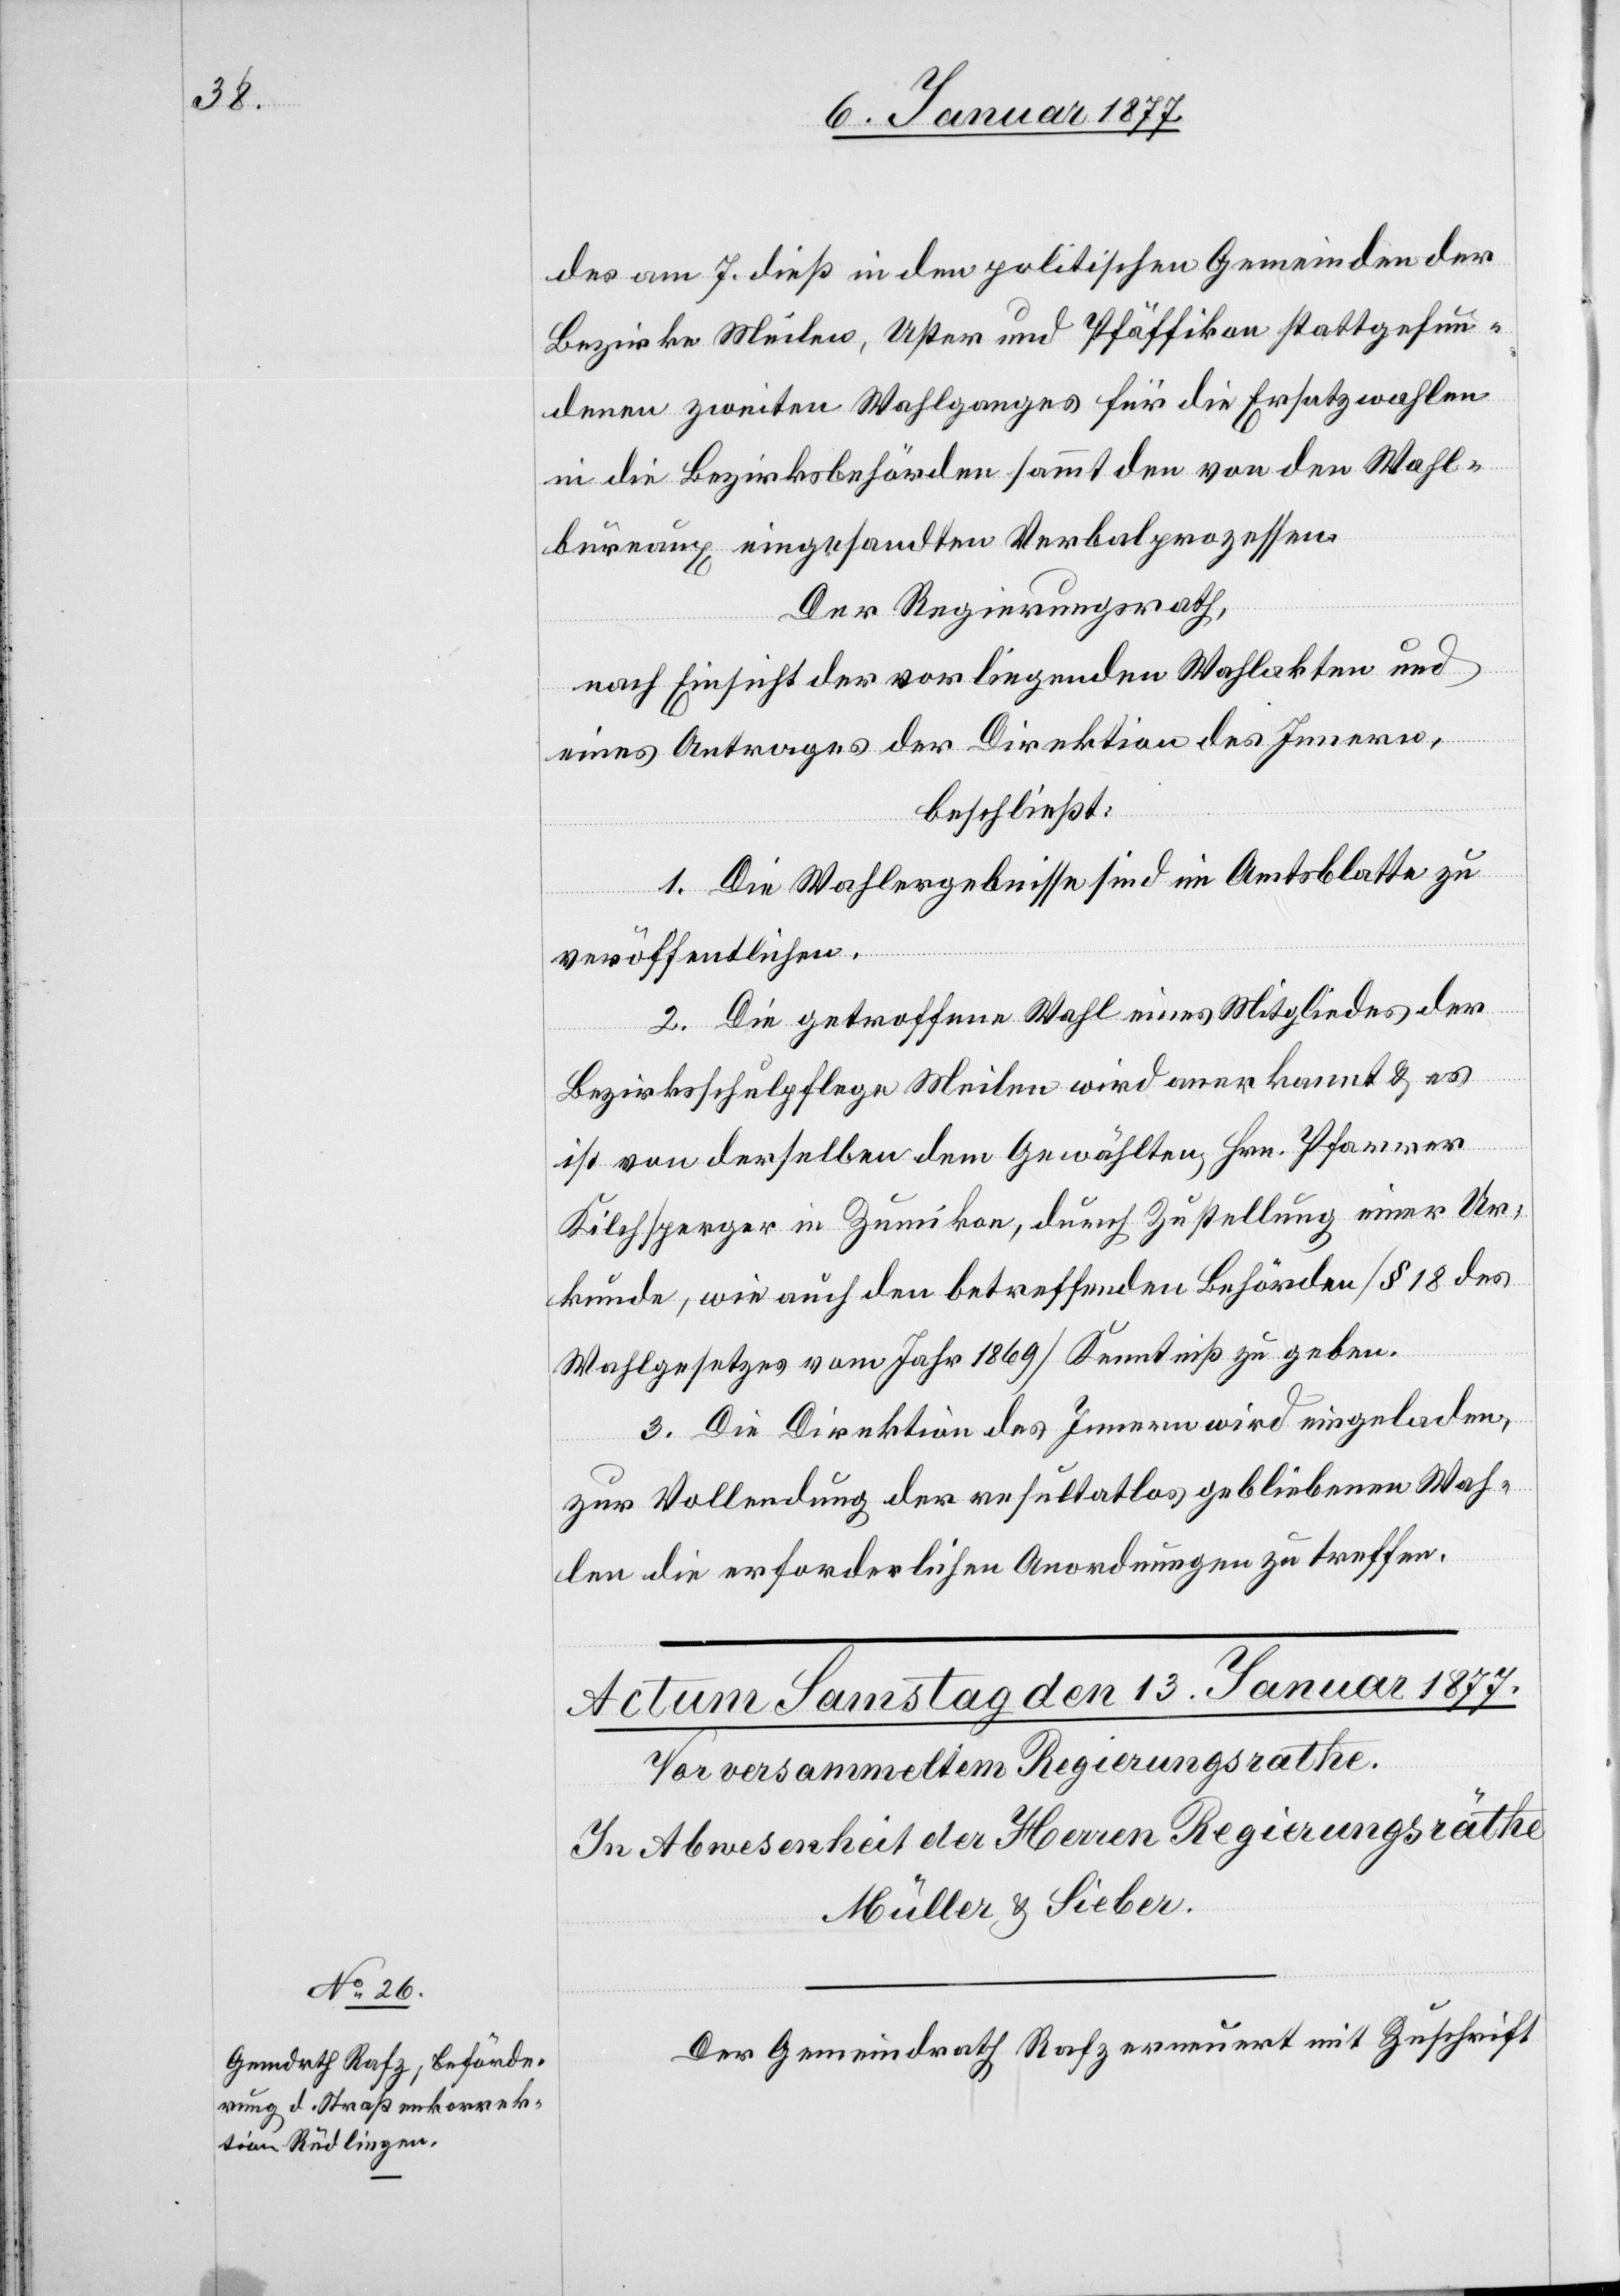
des am 7. dieß in den politischen Gemeinden der
Bezirke Meilen, Uster und Pfäffikon stattgefun¬
denen zweiten Wahlganges für die Ersatzwahlen
in die Bezirksbehörden sammt den von den Wahl¬
bureaux eingesandten Verbalprozessen.
Der Regierungsrath,
nach Einsicht der vorliegenden Wahlakten und
eines Antrages der Direktion des Innern,
beschließt:
1. Die Wahlergebnisse sind im Amtsblatte zu
veröffentlichen.
2. Die getroffene Wahl eines Mitgliedes der
anerkannt
ist von derselben dem Gewählten Hrn. Pfarrer
Kilchsperger in Zumikon, durch Zustellung einer Ur¬
kunde, wie auch den betreffenden Behörden [§ 18 des
Wahlgesetzes vom Jahr 1869] Kenntniß zu geben.
3. Die Direktion des Innern wird eingeladen,
zur Vollendung der resultatlos gebliebenen Wah¬
len die erforderlichen Anordnungen zu treffen.
Der Gemeindrath Rafz ermuntert mit Zuschrift